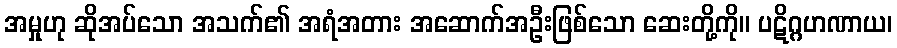
အမှုဟု ဆိုအပ်သော အသက်၏ အရံအတား အဆောက်အဦးဖြစ်သော ဆေးတို့ကို။ ပဋိဂ္ဂဟဏာယ၊